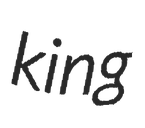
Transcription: king